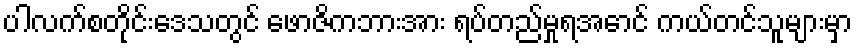
ပါလက်စတိုင်းဒေသတွင် ဖောဇိကဘားအား ရပ်တည်မှုရအောင် ကယ်တင်သူများမှာ